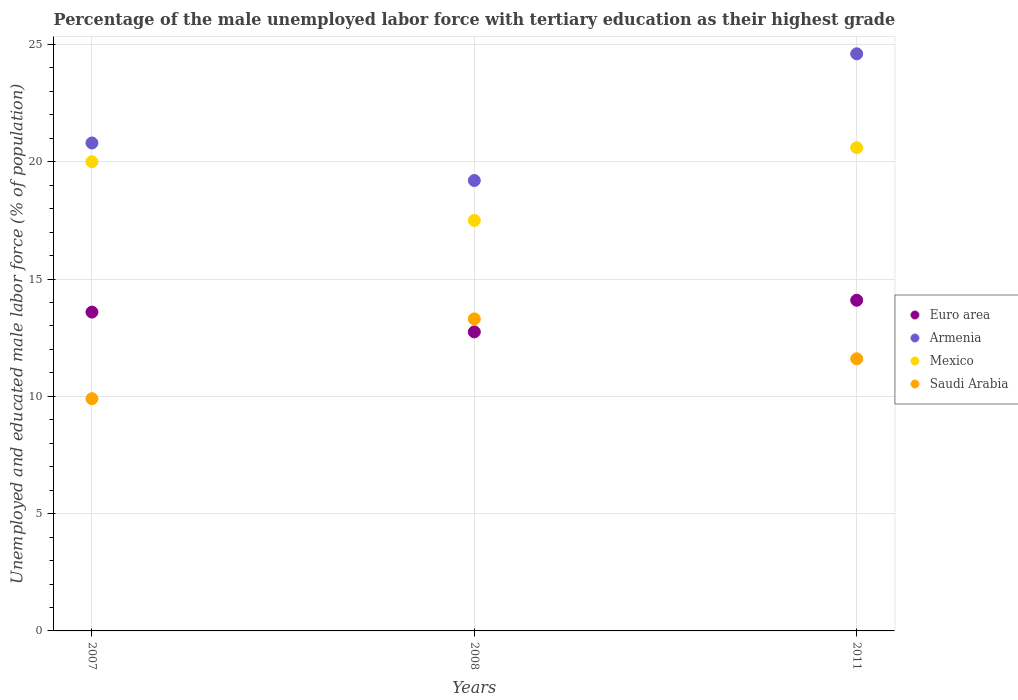
| Years | Euro area | Armenia | Mexico | Saudi Arabia |
 | --- | --- | --- | --- | --- |
 | 2007 | 13.6 | 20.8 | 20 | 9.9 |
 | 2008 | 12.7 | 19.2 | 17.5 | 13.3 |
 | 2011 | 14.1 | 24.6 | 20.6 | 11.6 |